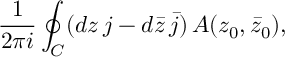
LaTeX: \frac { 1 } { 2 \pi i } \oint _ { C } ( d z \, j - d \bar { z } \, \bar { j } ) \, { \cal A } ( z _ { 0 } , \bar { z } _ { 0 } ) ,